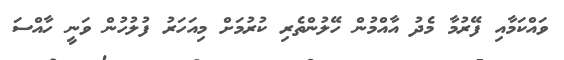
ވައްކަމާއި ފޭރުމާ މެދު އާއްމުން ހޭލުންތެރި ކުރުމަށް މިއަހަރު ފުލުހުން ވަނީ ހާއްސަ